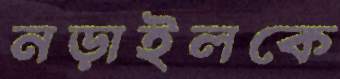
নড়াইলকে